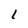
Character: l